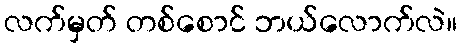
လက်မှတ် တစ်စောင် ဘယ်လောက်လဲ။